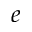
e